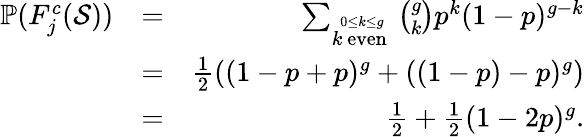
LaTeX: \begin{array}{rlr}{\mathbb{P}(F_{j}^{c}({\cal S}))}&{=}&{\sum_{\stackrel{0\leq k\leq g}{k\mathrm{~even~}}}{\binom{g}{k}}p^{k}(1-p)^{g-k}}\\ &{=}&{\frac{1}{2}\left((1-p+p)^{g}+((1-p)-p)^{g}\right)}\\ &{=}&{\frac{1}{2}+\frac{1}{2}(1-2p)^{g}.}\end{array}